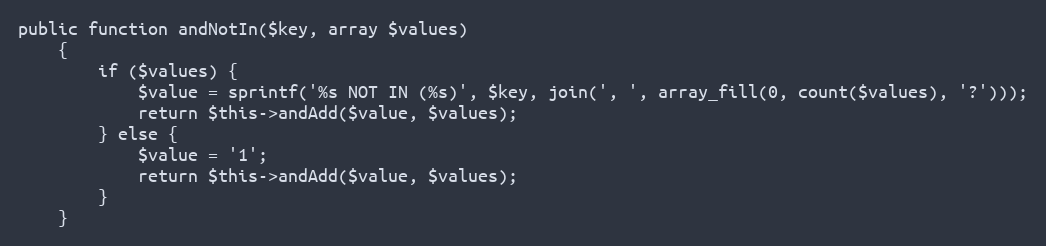
Language: PHP
public function andNotIn($key, array $values)
    {
        if ($values) {
            $value = sprintf('%s NOT IN (%s)', $key, join(', ', array_fill(0, count($values), '?')));
            return $this->andAdd($value, $values);
        } else {
            $value = '1';
            return $this->andAdd($value, $values);
        }
    }